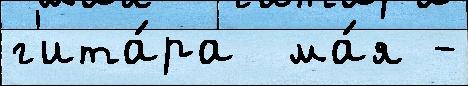
г'ита́ра  ма́я -